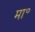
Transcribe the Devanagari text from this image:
मा॰